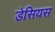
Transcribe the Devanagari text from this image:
डेसियस